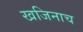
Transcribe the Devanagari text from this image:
खजिनाच